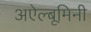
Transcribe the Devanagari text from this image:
अऐल्बूमिनी